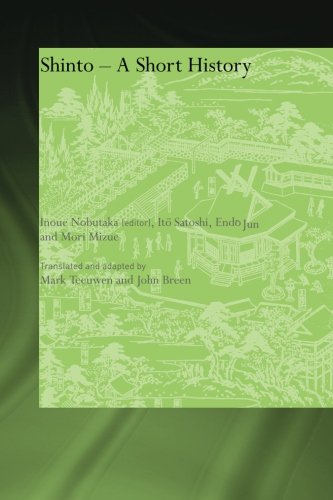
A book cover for Shinto: A Short History; Religion & Spirituality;